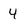
Character: 4